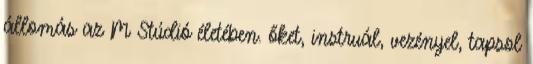
állomás az M Stúdió életében. őket, instruál, vezényel, tapsol